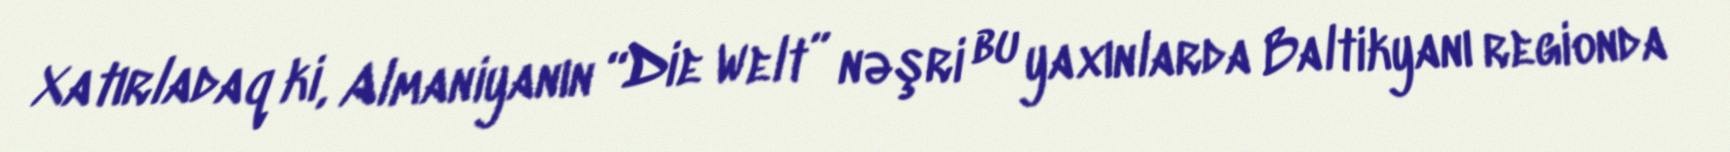
Xatırladaq ki, Almaniyanın “Die Welt” nəşri bu yaxınlarda Baltikyanı regionda